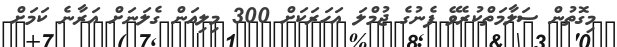
މިގޮތުން ސަލާމަތްކުރެވޭ ފެނުގެ ޖުމްލަ އަހަރަކަށް 300 މިލިއަން ގެލަނަށް އަރާނެ ކަމަށް